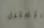
بتمثيل